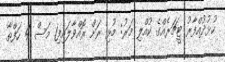
ހުޅުދުއްފާރު ޓީޗަރެއްގެ ކުއްލި މަރު: މުޅި ރަށް ރޮއްވާލައިފި1 މަސް 4 ހަފްތާ